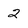
Character: 2